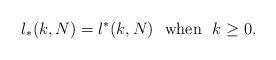
LaTeX: \begin{align*}l_* (k,N)= l^* (k,N) \ \mbox{ when }\ k\geq 0.\end{align*}